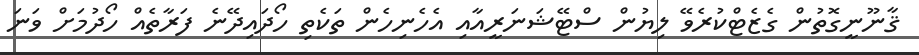
ޤާނޫނީގޮތުން ގެޒެޓްކުރެވޭ ލިޔުން ސްޓޭޝަނަރީއާއި އެހެނިހެން ތަކެތި ހޯދައިދޭނެ ފަރާތެއް ހޯދުމަށް ވަނަ